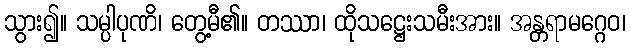
သွား၍။ သမ္ပါပုဏိ၊ တွေ့မီ၏။ တဿာ၊ ထိုသဋ္ဌေးသမီးအား။ အန္တရာမဂ္ဂေဝ၊